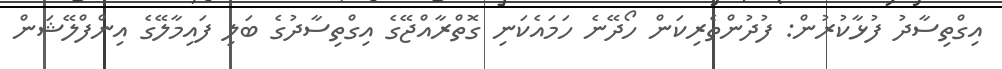
އިގްތިސާދު ފުޅާކުރުން: ފުދުންތެރިކަން ހޯދޭނެ ހަމައެކަނި ގޮތްރާއްޖޭގެ އިގްތިސާދުގެ ބަލި ފައިމާލޭގެ އިންފްލޭޝަން